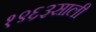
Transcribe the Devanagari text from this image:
१९६३साली